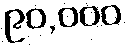
၉၀,၀၀၀